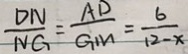
\frac { D N } { N G } = \frac { A D } { G M } = \frac { 6 } { 1 2 - x }